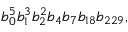
b _ { 0 } ^ { 5 } b _ { 1 } ^ { 3 } b _ { 2 } ^ { 2 } b _ { 4 } b _ { 7 } b _ { 1 8 } b _ { 2 2 9 } ,